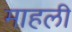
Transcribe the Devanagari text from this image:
माहली